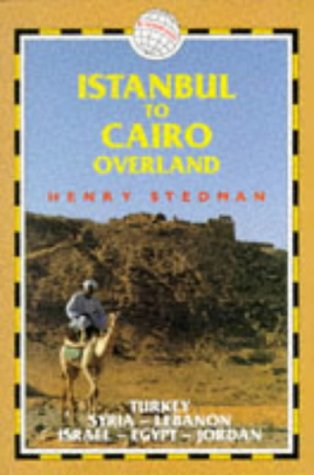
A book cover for Istanbul to Cairo Overland: Turkey Syria Lebanon Israel Egypt Jordan (Trailblazer Overland Guides); Henry Stedman; Travel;